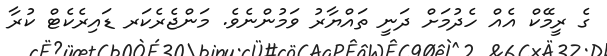
ގެ ރީމޭކް އެއް ހެދުމަށް ދަނީ ތައްޔާރު ވަމުންނެވެ. މަންޖެރެކަރ ޑައިރެކެޓް ކުރާ